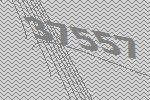
37557